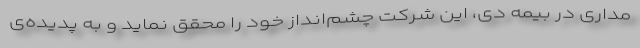
مداری در بیمه دی، این شرکت چشم‌انداز خود را محقق نماید و به پدیده‌ی